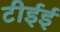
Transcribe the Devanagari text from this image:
टीईई